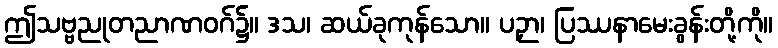
ဤသဗ္ဗညုတညာဏဝဂ်၌။ ဒသ၊ ဆယ်ခုကုန်သော။ ပဉှာ၊ ပြဿနာမေးခွန်းတို့ကို။